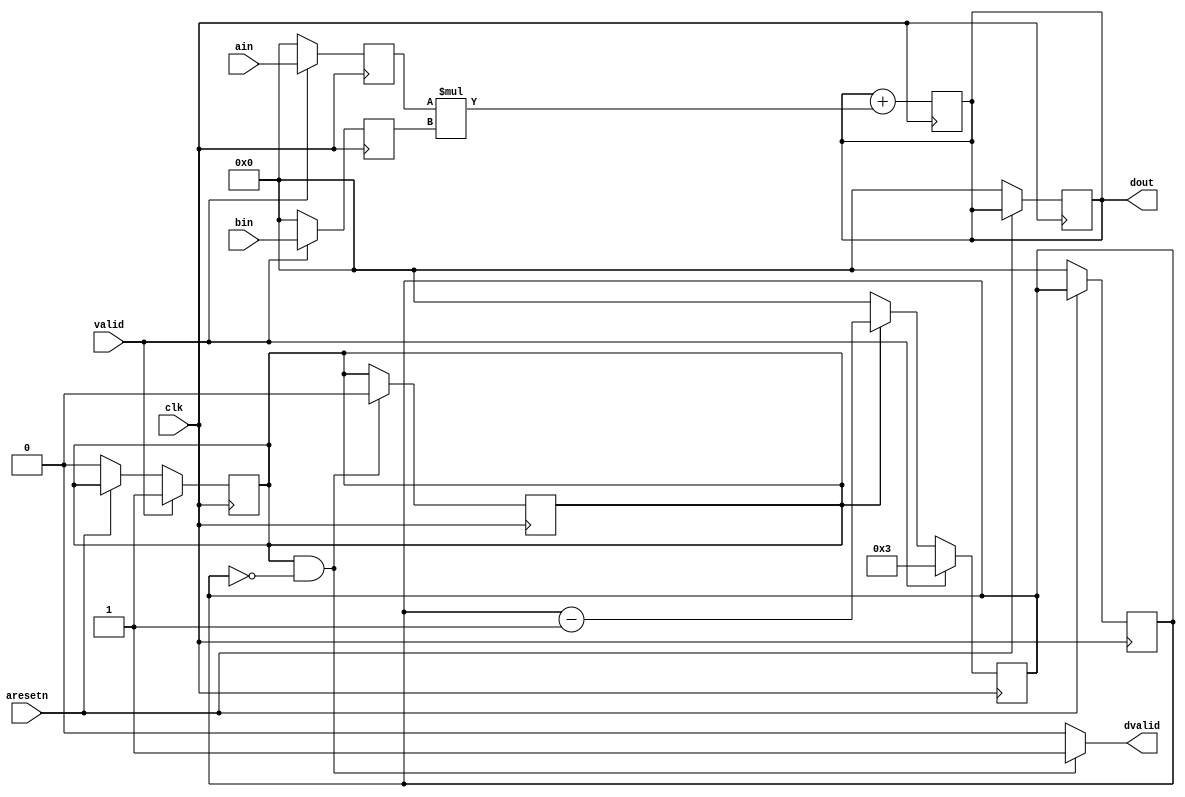
`timescale 1ns / 1ps

module int_mac #(
        parameter BITWIDTH = 32,
        parameter PE_DELAY = 4
    )
    (
    input clk,
    input aresetn,
    input [BITWIDTH-1:0] ain,
    input [BITWIDTH-1:0] bin,
    input valid,
    output [BITWIDTH-1:0] dout,
    output dvalid
    );
    
reg [BITWIDTH-1:0] sum;

reg [BITWIDTH-1:0] ain_tmp;
reg [BITWIDTH-1:0] bin_tmp;
reg [31:0] cnt;
reg flag;

assign dout = sum;
assign dvalid = (flag && cnt == 0) ? 1 : 0;

always @(posedge clk) begin
    if(!aresetn) begin
        sum = 0;
        ain_tmp = 0;
        bin_tmp = 0;
        cnt = 0;
        flag = 0;
    end
    if(valid) begin
        ain_tmp <= ain;
        bin_tmp <= bin;
        flag <= 1;
    end
    else begin
        ain_tmp <= 0;
        bin_tmp <= 0;
    end
end

always @(posedge clk) begin
    if(flag && cnt == 0) begin
        flag = 0;
    end
    sum <= sum + ain_tmp * bin_tmp;
end

always @(posedge clk) begin
    if(valid) cnt <= PE_DELAY - 1;
    else if(flag) cnt <= cnt - 1;
    else cnt <= 0;
end

endmodule